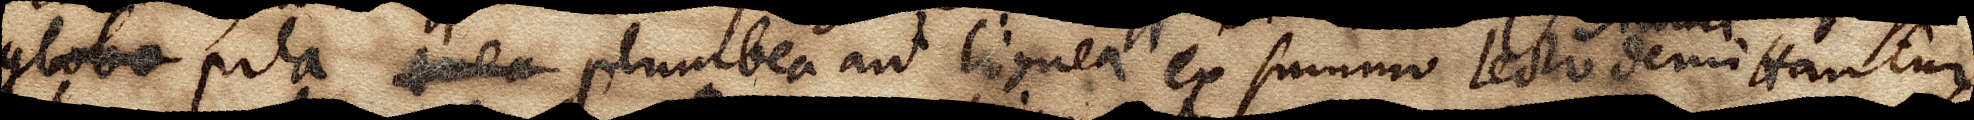
globo pila aenea plumbea aut lignea ex summo tecto simul demittantur,